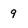
Character: 9